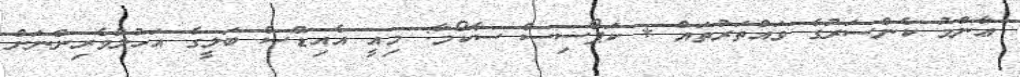
ޢާންމު ކެންސަރުގެ ވައްތަރުތައް * ކަޕޯސިސް ސާކޯމާ: މިއީ އެއިޑްސް ބަލީގެ އަހުލުވެރިންނަށް